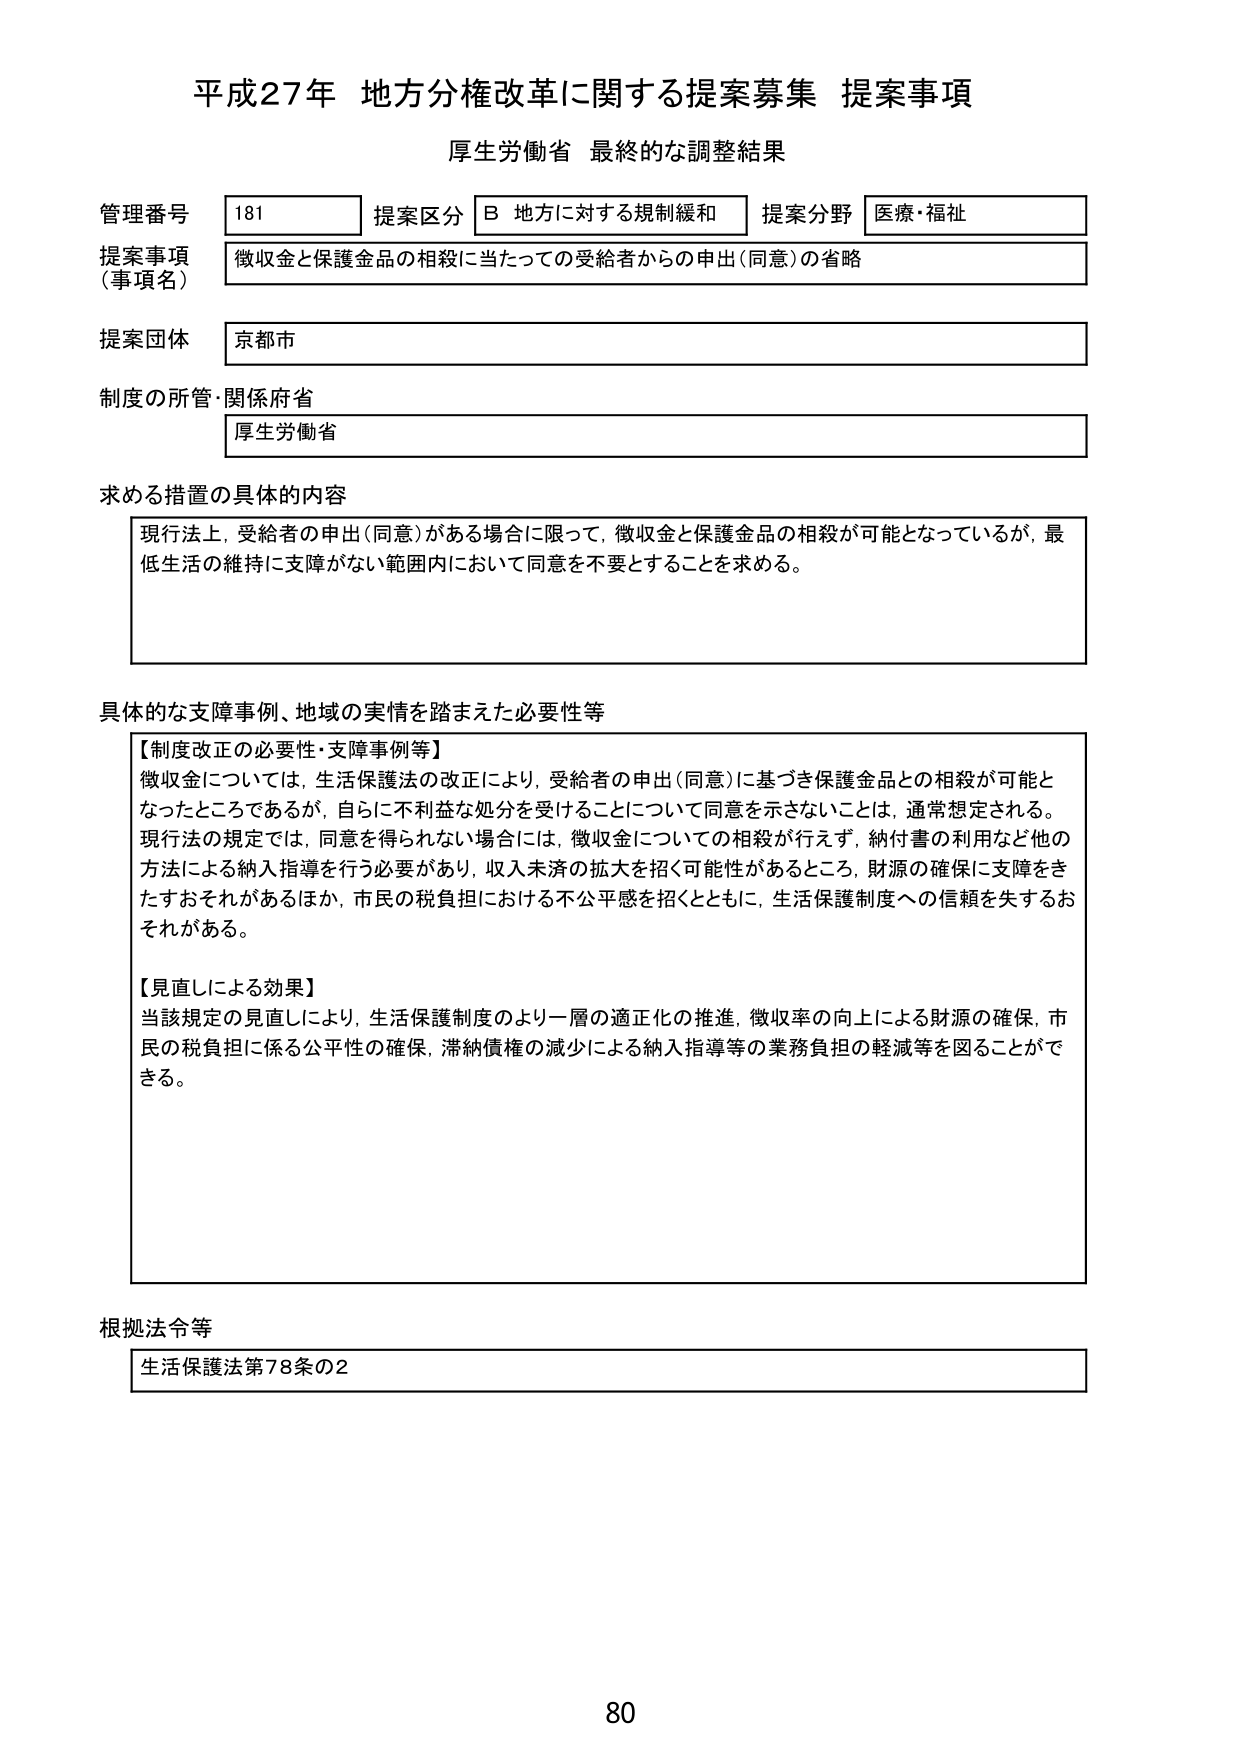
平成27年 地方分権改革に関する提案募集 提案事項
厚生労働省 最終的な調整結果

管理番号 181 提案区分 B 地方に対する規制緩和 提案分野 医療・福祉
提案事項（事項名） 徴収金と保護金品の相殺に当たっての受給者からの申出（同意）の省略
提案団体 京都市
制度の所管・関係府省 厚生労働省

求める措置の具体的内容
現行法上、受給者の申出（同意）がある場合に限って、徴収金と保護金品の相殺が可能となっているが、最低生活の維持に支障がない範囲内において同意を不要とすることを求める。

具体的な支障事例、地域の実情を踏まえた必要性等
【制度改正の必要性・支障事例等】
徴収金については、生活保護法の改正により、受給者の申出（同意）に基づき保護金品との相殺が可能となったところであるが、自らに不利益な処分を受けることについて同意を示さないことは、通常想定される。現行法の規定では、同意を得られない場合には、徴収金についての相殺が行えず、納付書の利用など他の方法による納入指導を行う必要があり、収入未済の拡大を招く可能性があるところ、財源の確保に支障をきたすおそれがあるほか、市民の税負担における不公平感を招くとともに、生活保護制度への信頼を失するおそれがある。

【見直しによる効果】
当該規定の見直しにより、生活保護制度のより一層の適正化の推進、徴収率の向上による財源の確保、市民の税負担に係る公平性の確保、滞納債権の減少による納入指導等の業務負担の軽減等を図ることができる。

根拠法令等
生活保護法第78条の2

80